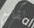
لقاح